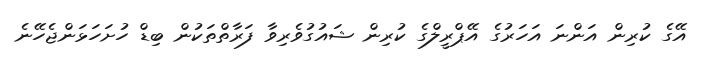
އޭގެ ކުރިން އަންނަ އަހަރުގެ އޭޕްރީލްގެ ކުރިން ޝައުގުވެރިވާ ފަރާތްތަކުން ބިޑް ހުށަހަޅަންޖެހޭނެ